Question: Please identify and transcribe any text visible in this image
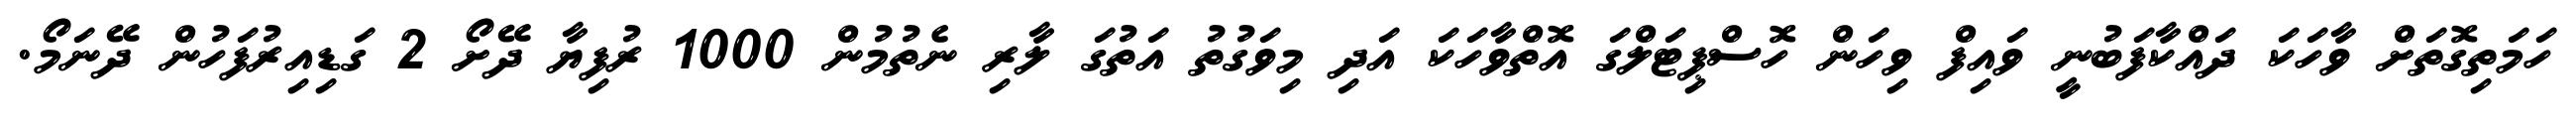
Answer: ހަމަތިގޮތަށް ވާހަކަ ދައްކާފަބުނީ ވައިފް ވިހަން ހޮސްޕިޓަލްގަ އޮތްވާހަކަ އަދި މިވަގުތު އަތުގަ ލާރި ނެތުމުން 1000 ރުފިޔާ ދޭށޯ 2 ގަޑިއިރުފަހުން ދޭނަމޯ.